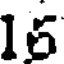
15